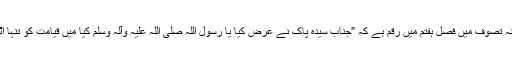
تواریخ آئینہ تصوف میں فصل ہفتم میں رقم ہے کہ ”جناب سیّدہ پاکؓ نے عرض کیا یا رسول اللہ صلی اللہ علیہ وآلہٖ وسلم کیا میں قیامت کو تنہا اٹھوں گی”۔